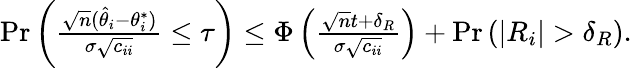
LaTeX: \begin{array}{r}{\begin{array}{r}{\operatorname*{Pr}\left(\frac{\sqrt{n}(\hat{\theta}_{i}-\theta_{i}^{*})}{\sigma\sqrt{c_{ii}}}\leq\tau\right)\leq\Phi\left(\frac{\sqrt{n}t+\delta_{R}}{\sigma\sqrt{c_{ii}}}\right)+\operatorname*{Pr}\left(|R_{i}|>\delta_{R}\right).}\end{array}}\end{array}